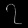
Digit: ၇